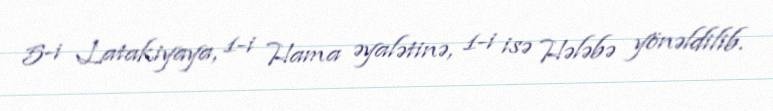
5-i Latakiyaya, 1-i Hama əyalətinə, 1-i isə Hələbə yönəldilib.